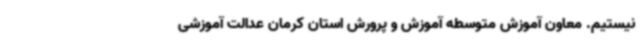
نیستیم. معاون آموزش متوسطه آموزش و پرورش استان کرمان عدالت آموزشی